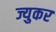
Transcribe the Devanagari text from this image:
ज्युकर